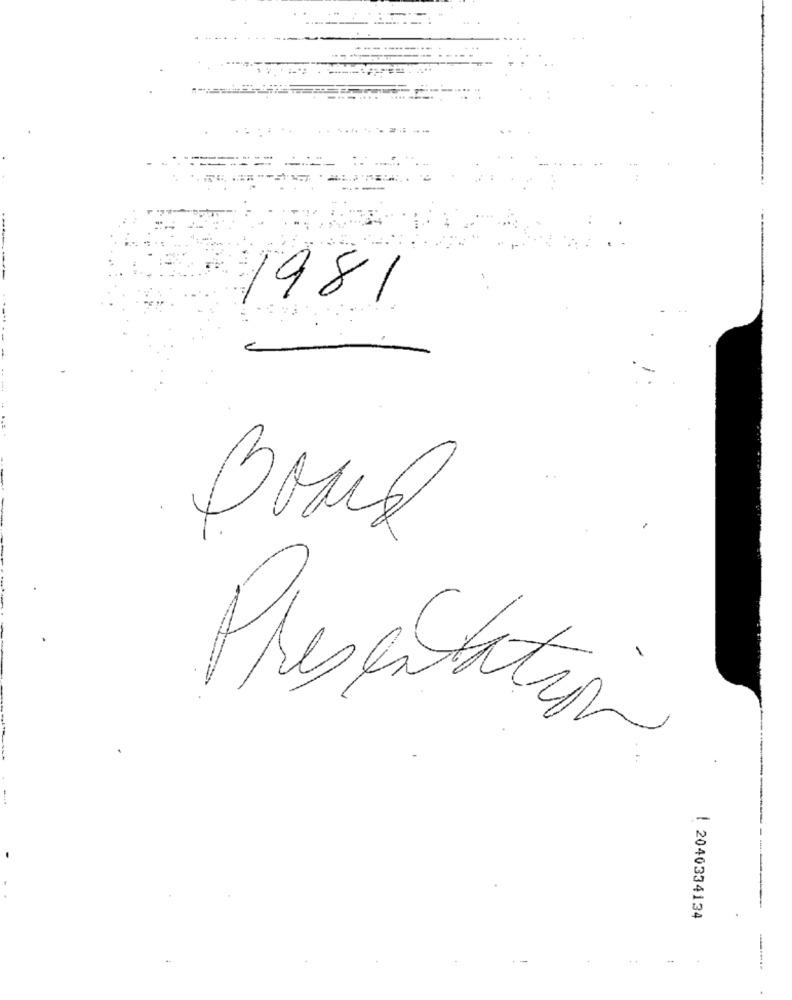
1981
Presentation
| 2040334134